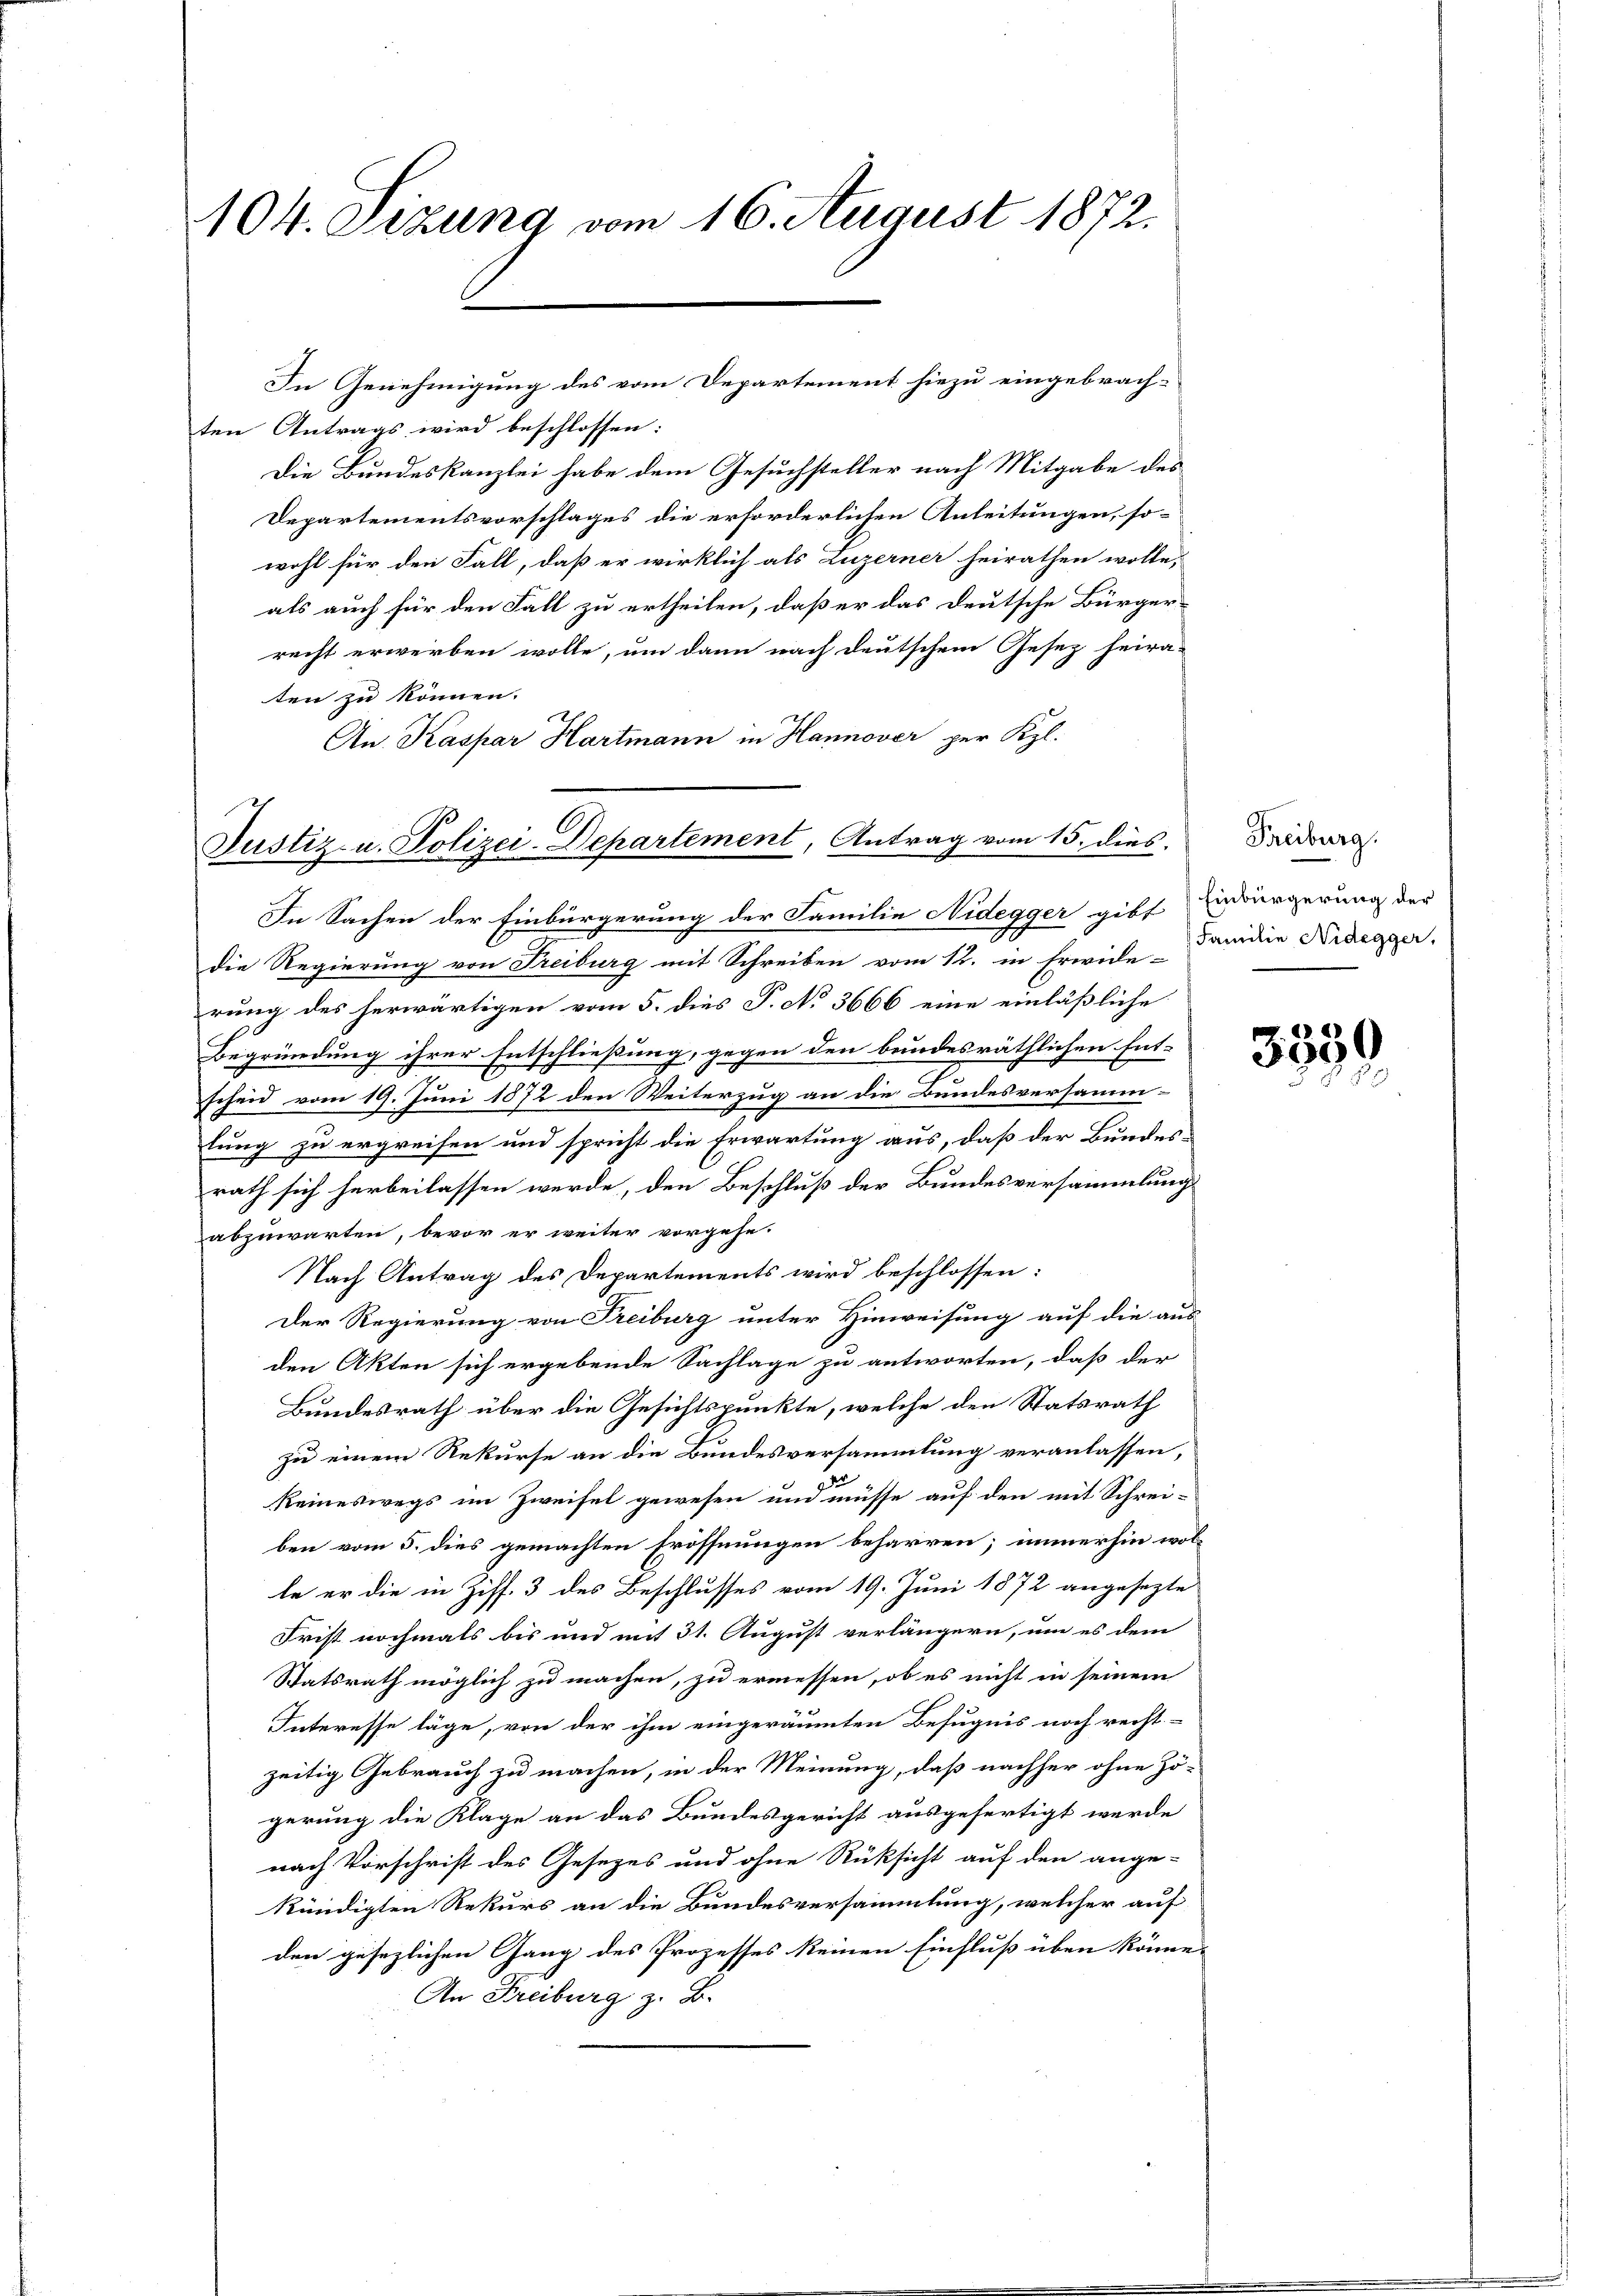
104. Sezung vom 16. August 1872.

ten Antrags wird beschlossen:
Die Bundeskanzlei habe dem Gesuchsteller nach Mitgabe des
Departementsvorschlages die erforderlichen Anleitungen, so-
wohl für den Fall, daß er wirklich als Luzerner heirathen wolle,
als auch für den Fall zu ertheilen, daß er das deutsche Bürger-
recht erwerben wolle, um dann nach deutschem Gesez heira-
ten zu können.
An. Kaspar Hartmann in Hannover per Kgl.

In Genehmigung des vom Departement hiezu eingebrach-

Justiz- u. Polizei-Departement, Antrag vom 15. dies

In Sachen der Einbürgerung der Familie Nidegger gibt Würgerung der
die Regierung von Freiburg mit Schreiben vom 12. in Erwide-Fanidie Nidegger,
rung des herwärtigen vom 5. dies P. No 3666 eine einläßliche
Begründung ihrer Entschließung, gegen den bundesräthlichen Ent-
scheid vom 19. Juni 1872 den Weiterzug an die Bundesversammlung zu ergreifen und spricht die Erwartung aus, daß der Bundesrath sich herbeilassen werde, den Beschluß der Bundesversammlung
abzuwarten, bevor er weiter vorgehe.
Nach Antrag des Departements wird beschlossen:
Der Regierung von Freiburg unter Hinweisung auf die aus-
den Akten sich ergebende Sachlage zu antworten, daß der
Bundesrath über die Gesichtspunkte, welche den Statsrath
zu einem Rekurse an die Bundesversammlung veranlassen,
keineswegs im Zweifel gewesen und müsse auf den mit Schreiben vom 5. dies gemachten Eröffnungen beharren; immerhin wolle er die in Ziff. 3 des Beschlusses vom 19. Juni 1872 angesezte
Frist nochmals bis und mit 31. August verlängern, um es dem
Statsrath möglich zu machen, zu ermessen, ob es nicht in seinem
Interesse läge, von der ihm eingeräumten Befugnis noch recht-
zeitig Gebrauch zu machen, in der Meinung, daß nachher ohne Zö-
gerung die Klage an das Bundesgericht ausgefertigt werde
nach Vorschrift des Gesezes und ohne Rüksicht auf den ange-
kündigten Rekurs an die Bundesversammlung, welcher auf
den gesezlichen Gang des Prozesses keinen Einfluß üben könne.
An Freiburg z. B.

Freiburg.

3550